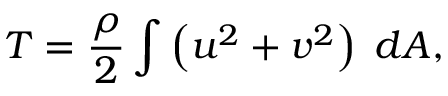
T = \frac { \rho } { 2 } \int \left( u ^ { 2 } + v ^ { 2 } \right) \; d A ,